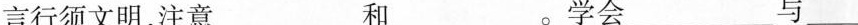
言行须文明，注意___和___。学会___与___